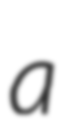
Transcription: a